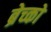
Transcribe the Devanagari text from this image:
ब्रेच्को